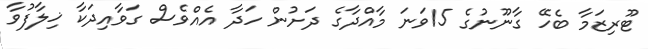
ޓޫރިޒަމާ ބެހޭ ގާނޫނުގެ 15ވަނަ މާއްދާގެ ދަށުން ހަދާ އެއްވެސް ގަވާއިދަކާ ޚިލާފުވާ